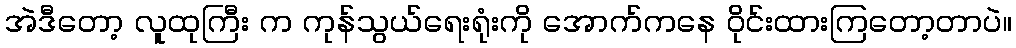
အဲဒီတော့ လူထုကြီး က ကုန်သွယ်ရေးရုံးကို အောက်ကနေ ဝိုင်းထားကြတော့တာပဲ။